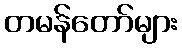
တမန်တော်များ